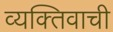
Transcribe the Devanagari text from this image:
व्यक्‍तिवाची